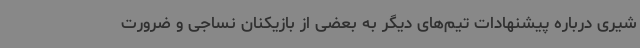
شیری درباره پیشنهادات تیم‌های دیگر به بعضی از بازیکنان نساجی و ضرورت